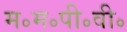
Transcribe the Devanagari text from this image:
म॰म॰पी॰वी॰